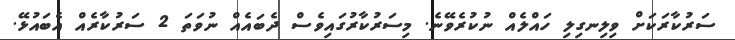
ސަރުކާރަކަށް ވިލިނގިލި ހައްލެއް ނުކުރެވޭނެ. މިސަރުކާރުގައިވެސް ދެބައެއް ނުވަތަ 2 ސަރުކާރެއް އެބައުޅޭ.